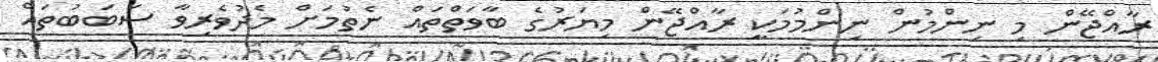
ރާއްޖޭން މި ނިންމުން ނިންމުމަކީ ރާއްޖޭން މިޔަރުގެ ބާވަތްތައް ނެތުމަށް މެދުވެރިވާ ސަބަބުތައް